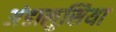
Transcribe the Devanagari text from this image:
अंडालुसिया